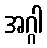
အဂ္ဂါ